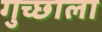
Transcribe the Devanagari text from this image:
गुच्छाला